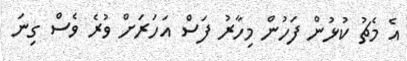
އެ މެޗު ކުޅުން ފަހުން މިހާރު ފަސް އަހަރަށް ވުރެ ވެސް ގިނަ